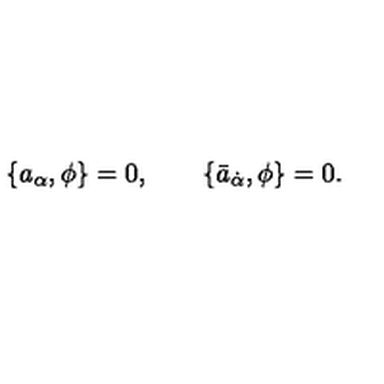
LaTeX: \{ a _ { \alpha } , \phi \} = 0 , \qquad \{ \bar { a } _ { \dot { \alpha } } , \phi \} = 0 .